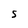
Character: S